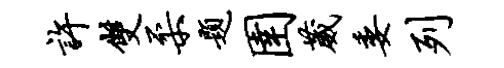
许双柔题圉葳委列